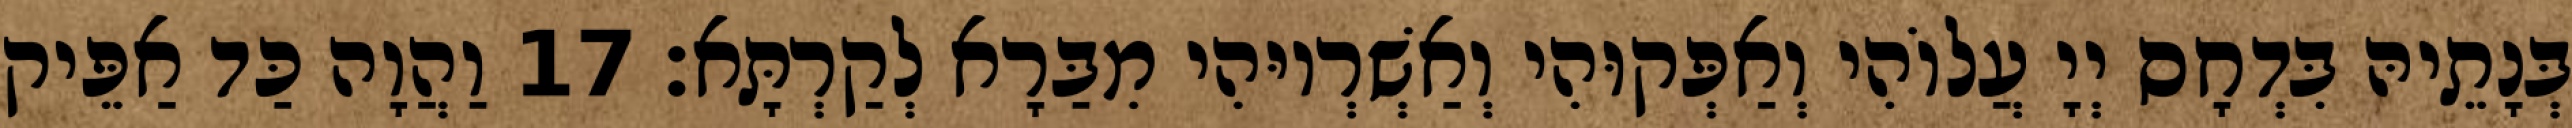
בְּנָתֵיהּ בִּדְחָס יְיָ עֲלוֹהִי וְאַפְּקוּהִי וְאַשְׁרְיוּהִי מִבַּרָא לְקַרְתָּא׃ 17 וַהֲוָה כַּד אַפֵּיק